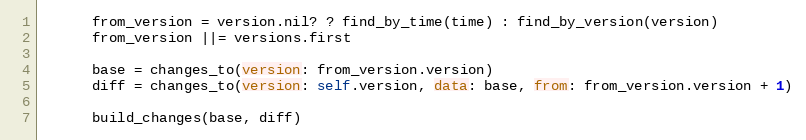
Language: Ruby
      from_version = version.nil? ? find_by_time(time) : find_by_version(version)
      from_version ||= versions.first

      base = changes_to(version: from_version.version)
      diff = changes_to(version: self.version, data: base, from: from_version.version + 1)

      build_changes(base, diff)